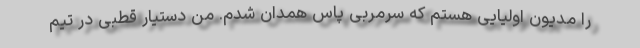
را مدیون اولیایی هستم که سرمربی پاس همدان شدم. من دستیار قطبی در تیم